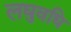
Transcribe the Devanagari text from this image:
लघुवधि